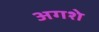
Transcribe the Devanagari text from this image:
अगशे